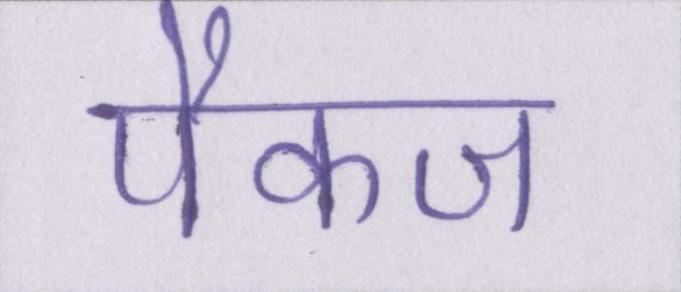
पैकज